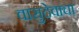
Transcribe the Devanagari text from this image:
वासुदेवाचा